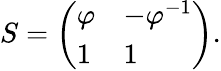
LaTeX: S={\left(\begin{array}{ll}{\varphi}&{-\varphi^{-1}}\\ {1}&{1}\end{array}\right)}.